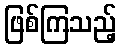
ဖြစ်ကြသည့်